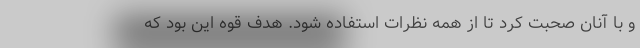
و با آنان صحبت کرد تا از همه نظرات استفاده شود. هدف قوه این بود که